Civil Veterinary Department. Madras. Admin. report 1926-33 - 1926-1933
Year: 1926
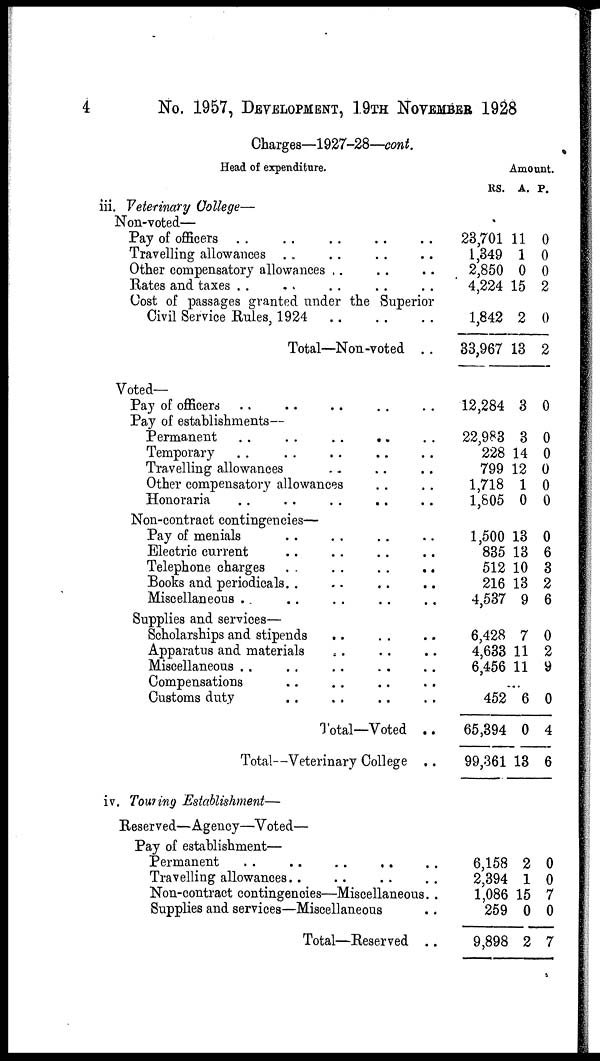
4
No. 1957, DEVELOPMENT, 19TH NOVEMBER 1928
Charges—1927-28—cont.
Head of expenditure.
iii. Veterinary College—
Non-voted—
Pay of officers ..
..
..
..
..
Travelling allowances .. .. .. ..
Other compensatory allowances .. .. ..
Rates and taxes .. .. .. .. ..
Cost of passages granted under the Superior
Civil Service Rules, 1924 .. .. ..
Total—Non-voted ..
Voted—
Pay of officers .. .. .. .. ..
Pay of establishments—
Permanent
..
..
..
..
..
Temporary .. .. .. .. ..
Travelling allowances .. .. ..
Other compensatory allowances .. ..
Honoraria .. .. .. .. ..
Non-contract contingencies—
Pay of menials .. .. .. ..
Electric current .. .. .. ..
Telephone charges
..
..
..
..
Books and periodicals.. .. .. ..
Miscellaneous .. .. .. .. ..
Supplies and services—
Scholarships and stipends
.. .. ..
Apparatus and materials .. .. ..
Miscellaneous .. .. .. .. ..
Compensations .. .. .. ..
Customs duty .. .. .. ..
Total—Voted ..
Total—Veterinary College ..
iv. Touring Establishment—
Reserved—Agency—Voted—
Pay of establishment—
Permanent .. .. .. .. ..
Travelling allowances.. .. .. ..
Non-contract contingencies—Miscellaneous..
Supplies and services—Miscellaneous ..
Total—Reserved ..
Amount.
RS.
23,701
1,349
2,850
4,224
1,842
33,967
12,284
22,983
228
799
1,718
1,805
1,500
835
512
216
4,537
6,428
4,633
6,456
.
452
65,394
99,361
6,158
2,394
1,086
259
9,898
A.
11
1
0
15
2
13
3
3
14
12
1
0
13
13
10
13
9
7
11
11
..
6
0
13
2
1
15
0
2
P.
0
0
0
2
0
2
0
0
0
0
0
0
0
6
3
2
6
0
2
9
0
4
6
0
0
7
0
7